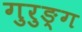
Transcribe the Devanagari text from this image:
गुरुङ्ग